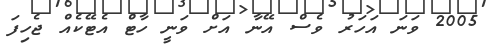
2005 ވަނަ އަހަރު ވެސް އޭނާ އަށް ވަނީ ހާޓް އެޓޭކެއް ޖެހިފަ